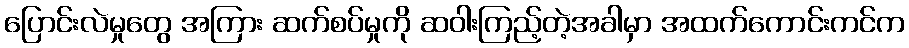
ပြောင်းလဲမှုတွေ အကြား ဆက်စပ်မှုကို ဆဝါးကြည့်တဲ့အခါမှာ အထက်ကောင်းကင်က